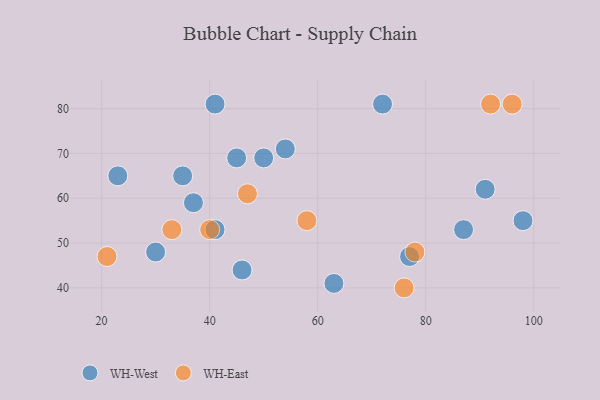
{"axis": {"x": "GDP", "y": "Life Expectancy"}, "legend": ["WH-East", "WH-West"], "data": [{"x": "46", "y": 44, "type": "WH-West"}, {"x": "41", "y": 53, "type": "WH-West"}, {"x": "41", "y": 81, "type": "WH-West"}, {"x": "77", "y": 47, "type": "WH-West"}, {"x": "37", "y": 59, "type": "WH-West"}, {"x": "50", "y": 69, "type": "WH-West"}, {"x": "72", "y": 81, "type": "WH-West"}, {"x": "91", "y": 62, "type": "WH-West"}, {"x": "98", "y": 55, "type": "WH-West"}, {"x": "45", "y": 69, "type": "WH-West"}, {"x": "35", "y": 65, "type": "WH-West"}, {"x": "63", "y": 41, "type": "WH-West"}, {"x": "30", "y": 48, "type": "WH-West"}, {"x": "23", "y": 65, "type": "WH-West"}, {"x": "54", "y": 71, "type": "WH-West"}, {"x": "87", "y": 53, "type": "WH-West"}, {"x": "76", "y": 40, "type": "WH-East"}, {"x": "33", "y": 53, "type": "WH-East"}, {"x": "58", "y": 55, "type": "WH-East"}, {"x": "21", "y": 47, "type": "WH-East"}, {"x": "47", "y": 61, "type": "WH-East"}, {"x": "78", "y": 48, "type": "WH-East"}, {"x": "40", "y": 53, "type": "WH-East"}, {"x": "96", "y": 81, "type": "WH-East"}, {"x": "92", "y": 81, "type": "WH-East"}]}